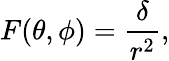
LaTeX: F(\theta,\phi)=\frac{\delta}{r^{2}},